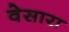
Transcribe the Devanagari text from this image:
वेसारा